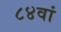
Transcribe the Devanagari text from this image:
८४वां